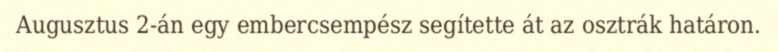
Augusztus 2-án egy embercsempész segítette át az osztrák határon.